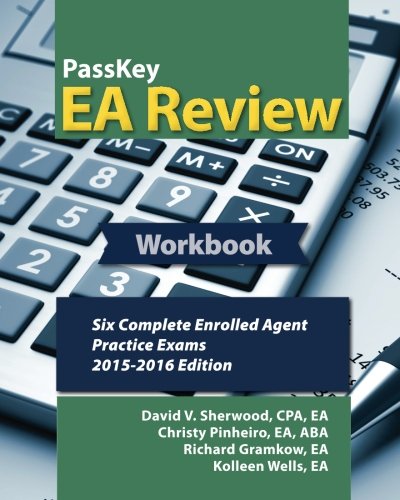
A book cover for PassKey EA Review Workbook:: Six Complete Enrolled Agent Practice Exams: 2015-2016 Edition; David Sherwood; Law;